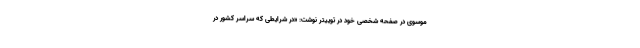
موسوی در صفحه شخصی خود در توییتر نوشت: «در شرایطی که سراسر کشور در